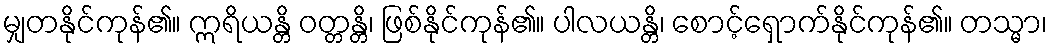
မျှတနိုင်ကုန်၏။ ဣရိယန္တိ ဝတ္တန္တိ၊ ဖြစ်နိုင်ကုန်၏။ ပါလယန္တိ၊ စောင့်ရှောက်နိုင်ကုန်၏။ တသ္မာ၊